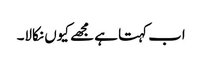
اب کہتا ہے مجھے کیوں نکالا۔